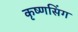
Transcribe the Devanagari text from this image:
कृष्णसिंग